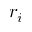
r _ { i }